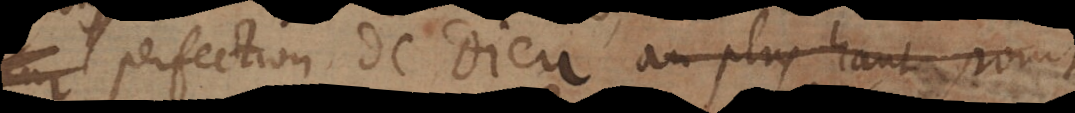
perfection de Dieu au plus haut point